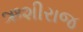
ઋશીરાજ